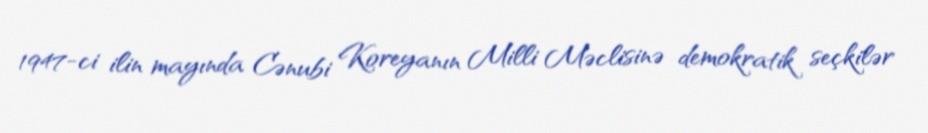
1947-ci ilin mayında Cənubi Koreyanın Milli Məclisinə demokratik seçkilər